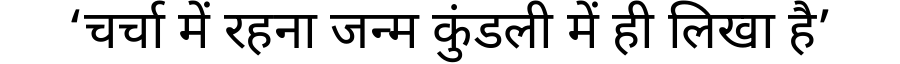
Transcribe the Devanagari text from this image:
‘चर्चा में रहना जन्म कुंडली में ही लिखा है’